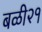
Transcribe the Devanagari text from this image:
बळी२१